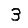
Digit: 3